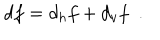
d f = d _ { h } f + d _ { v } f \ \ .